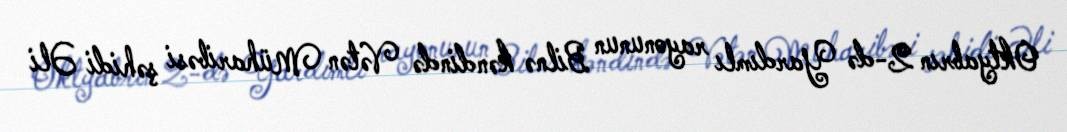
Oktyabrın 2-də Yardımlı rayonunun Bilnə kəndində Vətən Müharibəsi şəhidi Əli